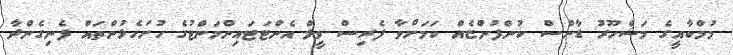
މުމްބާއީގެ މަޝްހޫރު ޑާންސް ކުންފުންޏެއް ކަމަށްވާ ފެރިސް ވީލް އެންޓަޓައިންމަންޓުގެ ހުށަހެޅުންތައް ފެނިގެންދާ